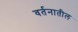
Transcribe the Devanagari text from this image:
वर्तनातील